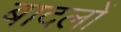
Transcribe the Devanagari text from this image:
बादलाें